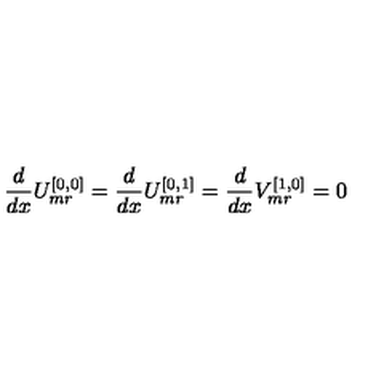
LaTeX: \frac { d } { d x } U _ { m r } ^ { [ 0 , 0 ] } = \frac { d } { d x } U _ { m r } ^ { [ 0 , 1 ] } = \frac { d } { d x } V _ { m r } ^ { [ 1 , 0 ] } = 0